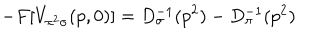
LaTeX: - F [ V _ { \pi ^ { 2 } \sigma } ( p , 0 ) ] = D _ { \sigma } ^ { - 1 } ( p ^ { 2 } ) - D _ { \pi } ^ { - 1 } ( p ^ { 2 } )